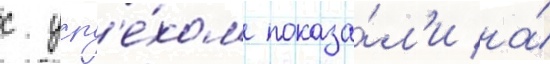
с усп'е́хом показа́л'и на́